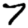
Digit: 7